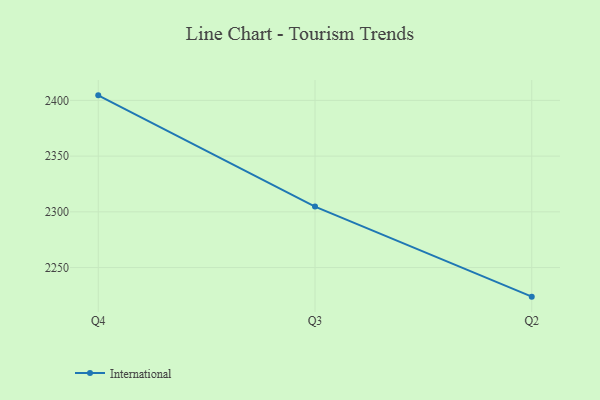
{"axis": {"x": "Quarter", "y": "Website Visitors"}, "legend": ["International"], "data": [{"x": "Q4", "y": 2404.5, "type": "International"}, {"x": "Q3", "y": 2304.7, "type": "International"}, {"x": "Q2", "y": 2223.9, "type": "International"}]}